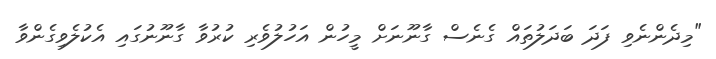
"މިދެންނެވި ފަދަ ބަދަލުތައް ގެނެސް ގާނޫނަށް މީހުން އަހުލުވެރި ކުރުވާ ގާނޫނުގައި އެކުލެވިގެންވާ